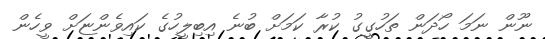
ނޫން ނަމަ ހޯދަން ތަހުގީގު ކުރާ ކަަމަށް ބުނެ އިބިލީހުގެ ކައިވެންޏަށް ވީހެން